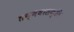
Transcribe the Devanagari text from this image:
तन्मयासक्ति